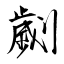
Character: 劌